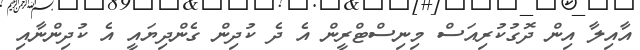
އާއިލާ އިން ދޮގުކުރިއަސް މިނިސްޓްރީން އެ ދެ ކުދިން ގެންދިޔައީ އެ ކުދިންނާއި